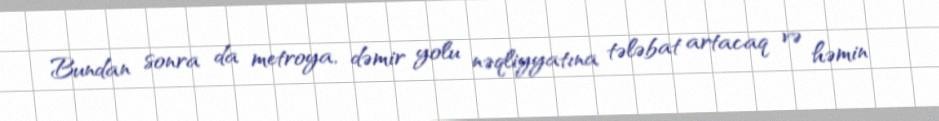
Bundan sonra da metroya, dəmir yolu nəqliyyatına tələbat artacaq və həmin